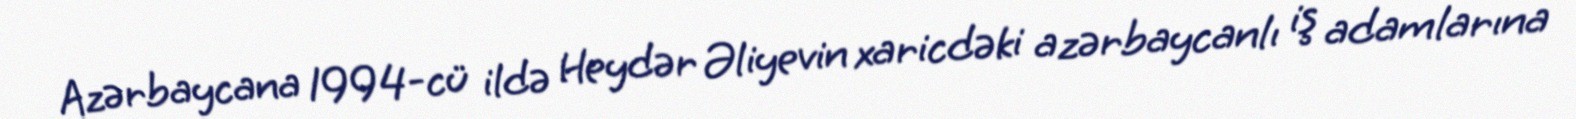
Azərbaycana 1994-cü ildə Heydər Əliyevin xaricdəki azərbaycanlı iş adamlarına